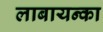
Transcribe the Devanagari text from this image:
लाबायन्का